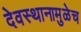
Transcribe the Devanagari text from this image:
देवस्थानामुळेच